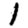
Digit: 1